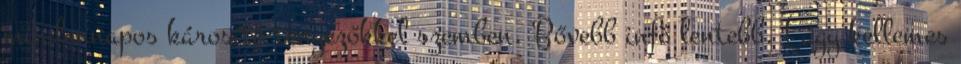
mindennapos károsító tényezőkkel szemben. Bővebb infó lentebb. Lágy kellemes